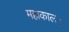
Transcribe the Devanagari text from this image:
महाकाल।